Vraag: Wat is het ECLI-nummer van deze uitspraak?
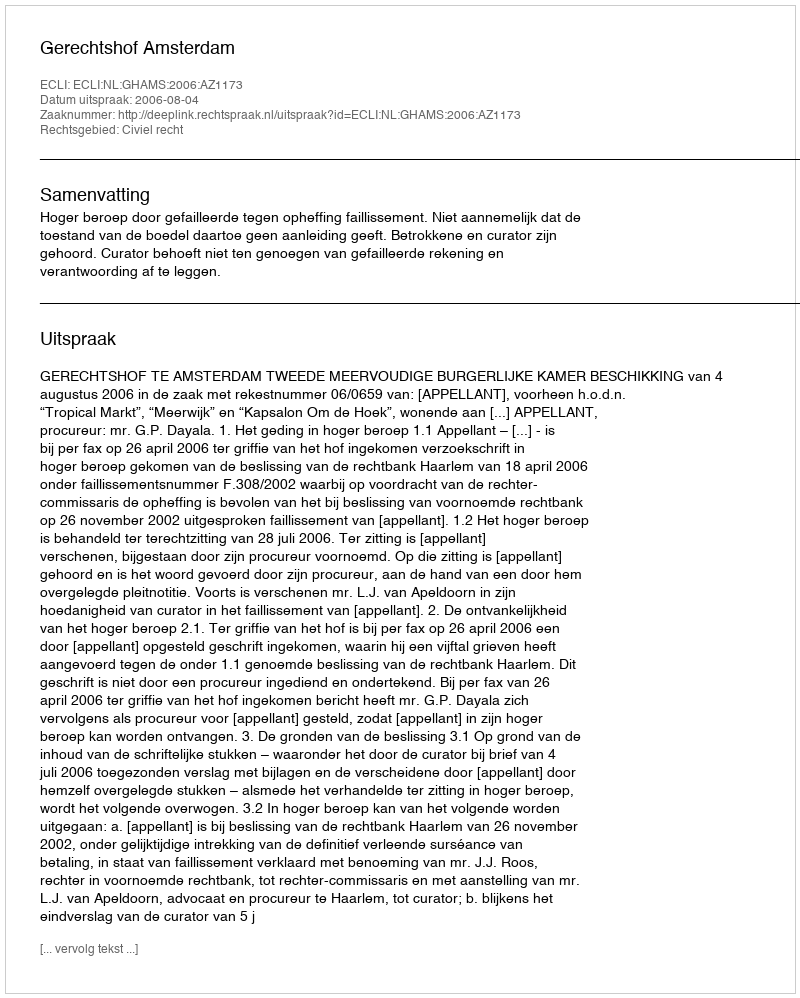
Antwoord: ECLI:NL:GHAMS:2006:AZ1173